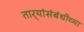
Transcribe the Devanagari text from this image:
तार्‍यांसंबंधीच्या